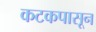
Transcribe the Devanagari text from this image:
कटकपासून